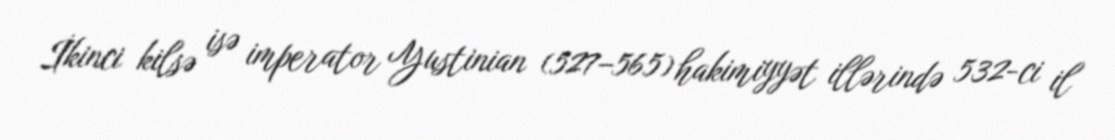
İkinci kilsə isə imperator Yustinian (527–565) hakimiyyət illərində 532-ci il